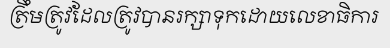
ត្រឹមត្រូវដែលត្រូវបានរក្សាទុកដោយលេខាធិការ